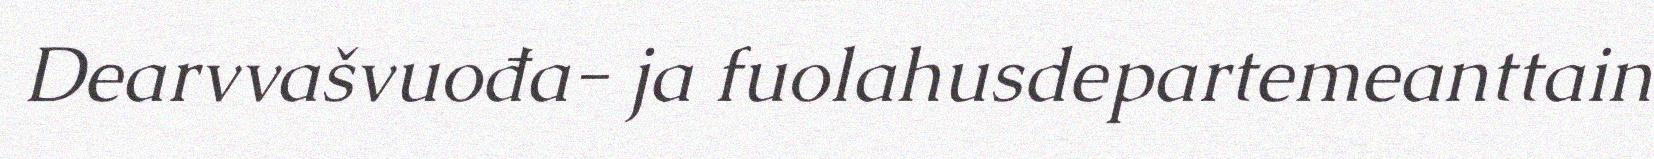
Dearvvašvuođa- ja fuolahusdepartemeanttain